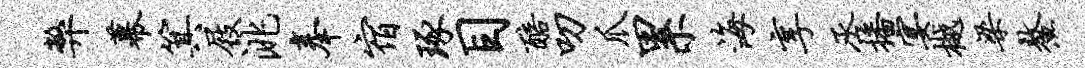
弊幕箕屐洮奉宿琢目醅叨爪累海享丞播宴樾梁鳌